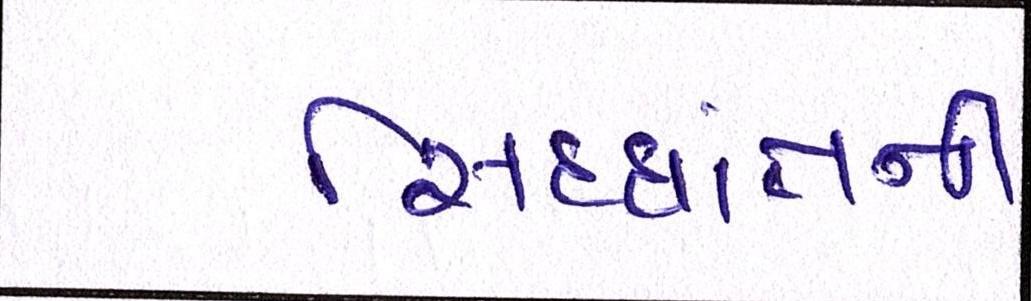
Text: સિદ્ધાંતની